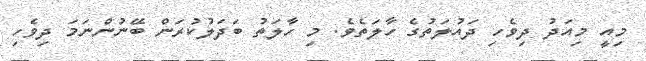
މިއީ މިއަދު ދިވެހި ދައުލަތުގެ ހާލަތެވެ. މި ހާލަތު ބަދަލުކުރަން ބޭނުންނަމަ ދިވެހި